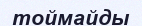
тоймайды